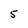
Character: 5